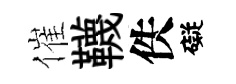
催韈佚礙